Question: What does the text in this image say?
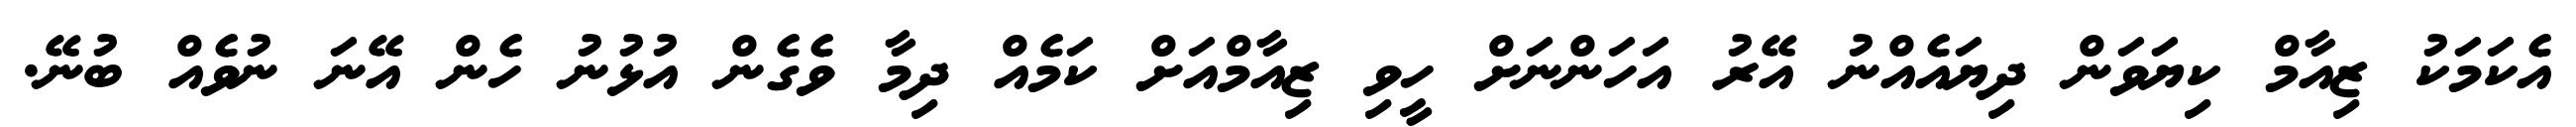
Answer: އެކަމަކު ޒިއާމް ކިޔަވަން ދިޔައެއްނު އޭރު އަހަންނަށް ހީވި ޒިއާމްއަށް ކަމެއް ދިމާ ވެގެން އުޅުނު ހެން އޭނަ ނުވެއް ބުނޭ.